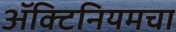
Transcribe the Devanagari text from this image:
ॲक्टिनियमचा